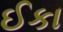
ઈકા